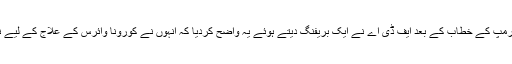
سی این این نے اپنی رپورٹ میں لکھا کہ صدر ڈونلڈ ٹرمپ کے خطاب کے بعد ایف ڈی اے نے ایک بریفنگ دیتے ہوئے یہ واضح کردیا کہ انہوں نے کورونا وائرس کے علاج کے لیے نہ تو کلوروکوئن کی منظوری دی نہ کسی اور دوا کی۔